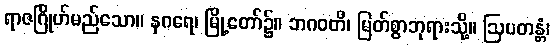
ရာဇဂြိုဟ်မည်သော။ နဂရေ၊ မြို့တော်၌။ ဘဂဝတိ၊ မြတ်စွာဘုရားသို့။ ဩပတန္တံ၊